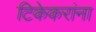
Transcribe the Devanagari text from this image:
टिकेकरांना